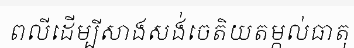
ពលីដើម្បីសាងសង់ចេតិយតម្កល់ធាតុ